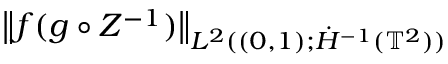
\begin{array} { r l } { \lefteqn { \bigl \| f ( g \circ Z ^ { - 1 } ) \bigr \| _ { L ^ { 2 } ( ( 0 , 1 ) ; \dot { H } ^ { - 1 } ( \ensuremath { \mathbb { T } } ^ { 2 } ) ) } } \qquad } & { { } } \end{array}